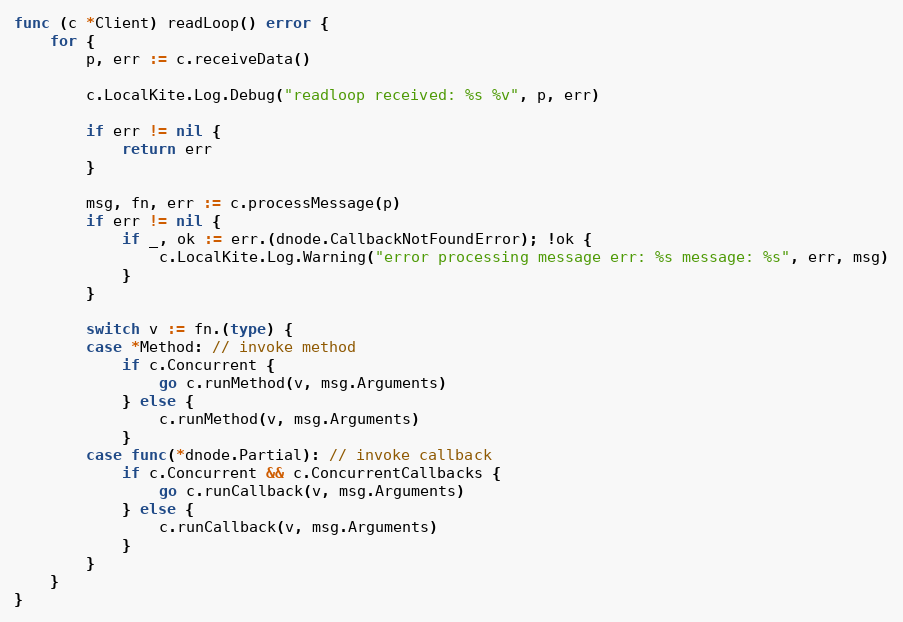
Language: Go
func (c *Client) readLoop() error {
	for {
		p, err := c.receiveData()

		c.LocalKite.Log.Debug("readloop received: %s %v", p, err)

		if err != nil {
			return err
		}

		msg, fn, err := c.processMessage(p)
		if err != nil {
			if _, ok := err.(dnode.CallbackNotFoundError); !ok {
				c.LocalKite.Log.Warning("error processing message err: %s message: %s", err, msg)
			}
		}

		switch v := fn.(type) {
		case *Method: // invoke method
			if c.Concurrent {
				go c.runMethod(v, msg.Arguments)
			} else {
				c.runMethod(v, msg.Arguments)
			}
		case func(*dnode.Partial): // invoke callback
			if c.Concurrent && c.ConcurrentCallbacks {
				go c.runCallback(v, msg.Arguments)
			} else {
				c.runCallback(v, msg.Arguments)
			}
		}
	}
}